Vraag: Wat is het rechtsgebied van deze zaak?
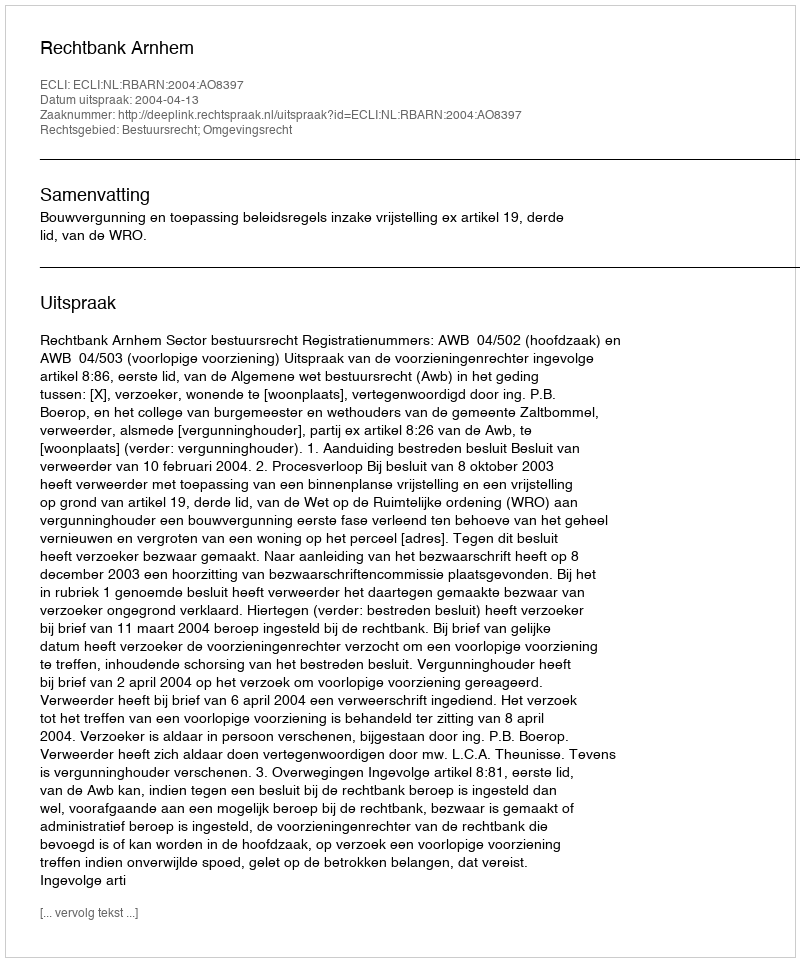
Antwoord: Bestuursrecht; Omgevingsrecht